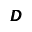
\pmb { D }